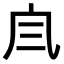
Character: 𠘹